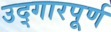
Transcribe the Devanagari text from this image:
उद्गारपूर्ण